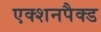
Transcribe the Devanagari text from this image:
एक्शनपैक्ड